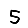
Digit: 5